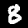
Label: 8